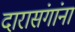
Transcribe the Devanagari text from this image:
दारासंगांना